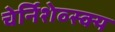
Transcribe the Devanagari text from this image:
चेर्निशेव्स्क्य